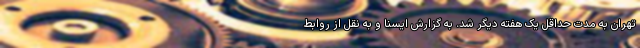
تهران به مدت حداقل یک هفته دیگر شد. به گزارش ایسنا و به نقل از روابط